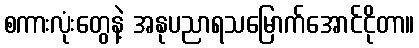
စကားလုံးတွေနဲ့ အနုပညာရသမြောက်အောင်ငိုတာ။